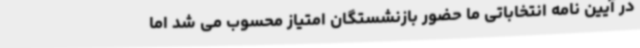
در آیین نامه انتخاباتی ما حضور بازنشستگان امتیاز محسوب می شد اما